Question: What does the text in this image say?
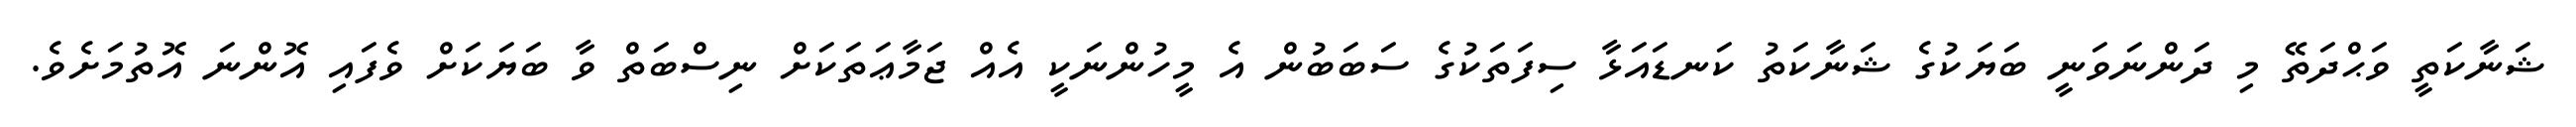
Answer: ޝަނާކަތީ ވަޙްދަތޭ މި ދަންނަވަނީ ބަޔަކުގެ ޝަނާކަތު ކަނޑައަޅާ ސިފަތަކުގެ ސަބަބުން އެ މީހުންނަކީ އެއް ޖަމާޢަތަކަށް ނިސްބަތް ވާ ބަޔަކަށް ވެފައި އޮންނަ އޮތުމަށެވެ.